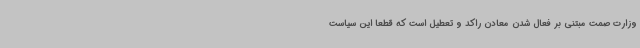
وزارت صمت مبتنی بر فعال شدن معادن راکد و تعطیل است که قطعا این سیاست